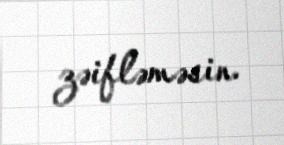
zəifləməsin.